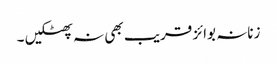
زنانہ بوائز قریب بھی نہ پھٹکیں ۔